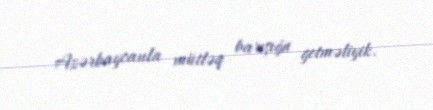
Azərbaycanla mütləq barışığa getməliyik.